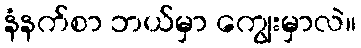
နံနက်စာ ဘယ်မှာ ကျွေးမှာလဲ။